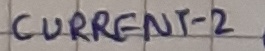
Text: CURRENT-2